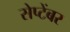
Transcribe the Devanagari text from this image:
सेप्टेंबर